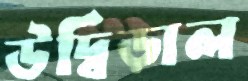
উদ্বিড়াল